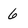
Character: 6